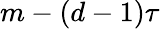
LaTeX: m-(d-1)\tau